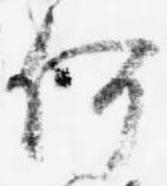
何